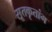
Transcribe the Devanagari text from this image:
सूतकृतांग